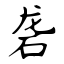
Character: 砻